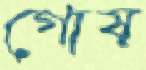
গোষ